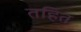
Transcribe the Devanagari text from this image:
तहित